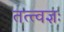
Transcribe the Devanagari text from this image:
तत्त्वज्ञः